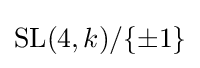
\operatorname {SL} (4,k)/\{\pm 1\}